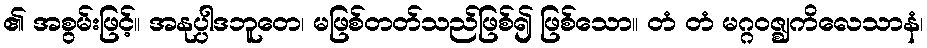
၏ အစွမ်းဖြင့်။ အနုပ္ပါဒဘူတေ၊ မဖြစ်တတ်သည်ဖြစ်၍ ဖြစ်သော။ တံ တံ မဂ္ဂဝဇ္ဈကိလေသာနံ၊